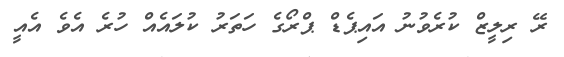
ރޭ ރިލީޒް ކުރެވުނު އައިޕެޑް ޕްރޯގެ ހަތަރު ކުލައެއް ހުރެ އެވެ އެއީ